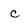
Character: c